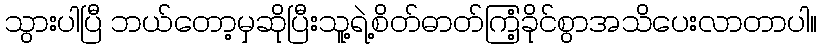
သွားပါပြီ ဘယ်တော့မှဆိုပြီးသူ့ရဲ့စိတ်ဓာတ်ကြံ့ခိုင်စွာအသိပေးလာတာပါ။